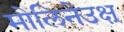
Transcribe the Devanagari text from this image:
मोलिनेउक्ष्